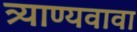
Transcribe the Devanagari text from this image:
त्र्याण्यवावा